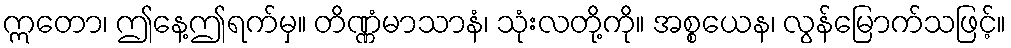
ဣတော၊ ဤနေ့ဤရက်မှ။ တိဏ္ဏံမာသာနံ၊ သုံးလတို့ကို။ အစ္စယေန၊ လွန်မြောက်သဖြင့်။